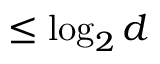
\leq \log _ { 2 } d